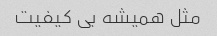
مثل همیشه بی کیفیت